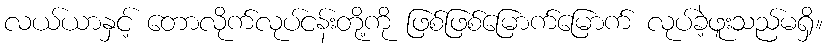
လယ်ယာနှင့် တောလိုက်လုပ်ငန်းတို့ကို ဖြစ်ဖြစ်မြောက်မြောက် လုပ်ခဲ့ဖူးသည်မရှိ။